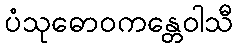
ပံသုဓောဝကန္တေဝါသီ